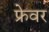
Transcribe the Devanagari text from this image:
फ्रेवर